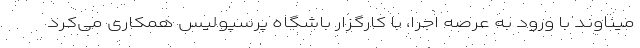
میناوند با ورود به عرصه اجرا، با کارگزار باشگاه پرسپولیس همکاری می‌کرد